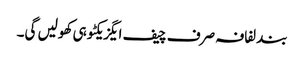
بند لفافہ صرف چیف ایگزیکٹو ہی کھولیں گی۔